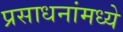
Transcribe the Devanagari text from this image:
प्रसाधनांमध्ये